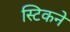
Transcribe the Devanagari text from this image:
स्टिकने